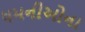
ધમનીઓના